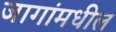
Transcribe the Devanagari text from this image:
जागांमधील